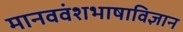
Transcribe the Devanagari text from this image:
मानववंशभाषाविज्ञान